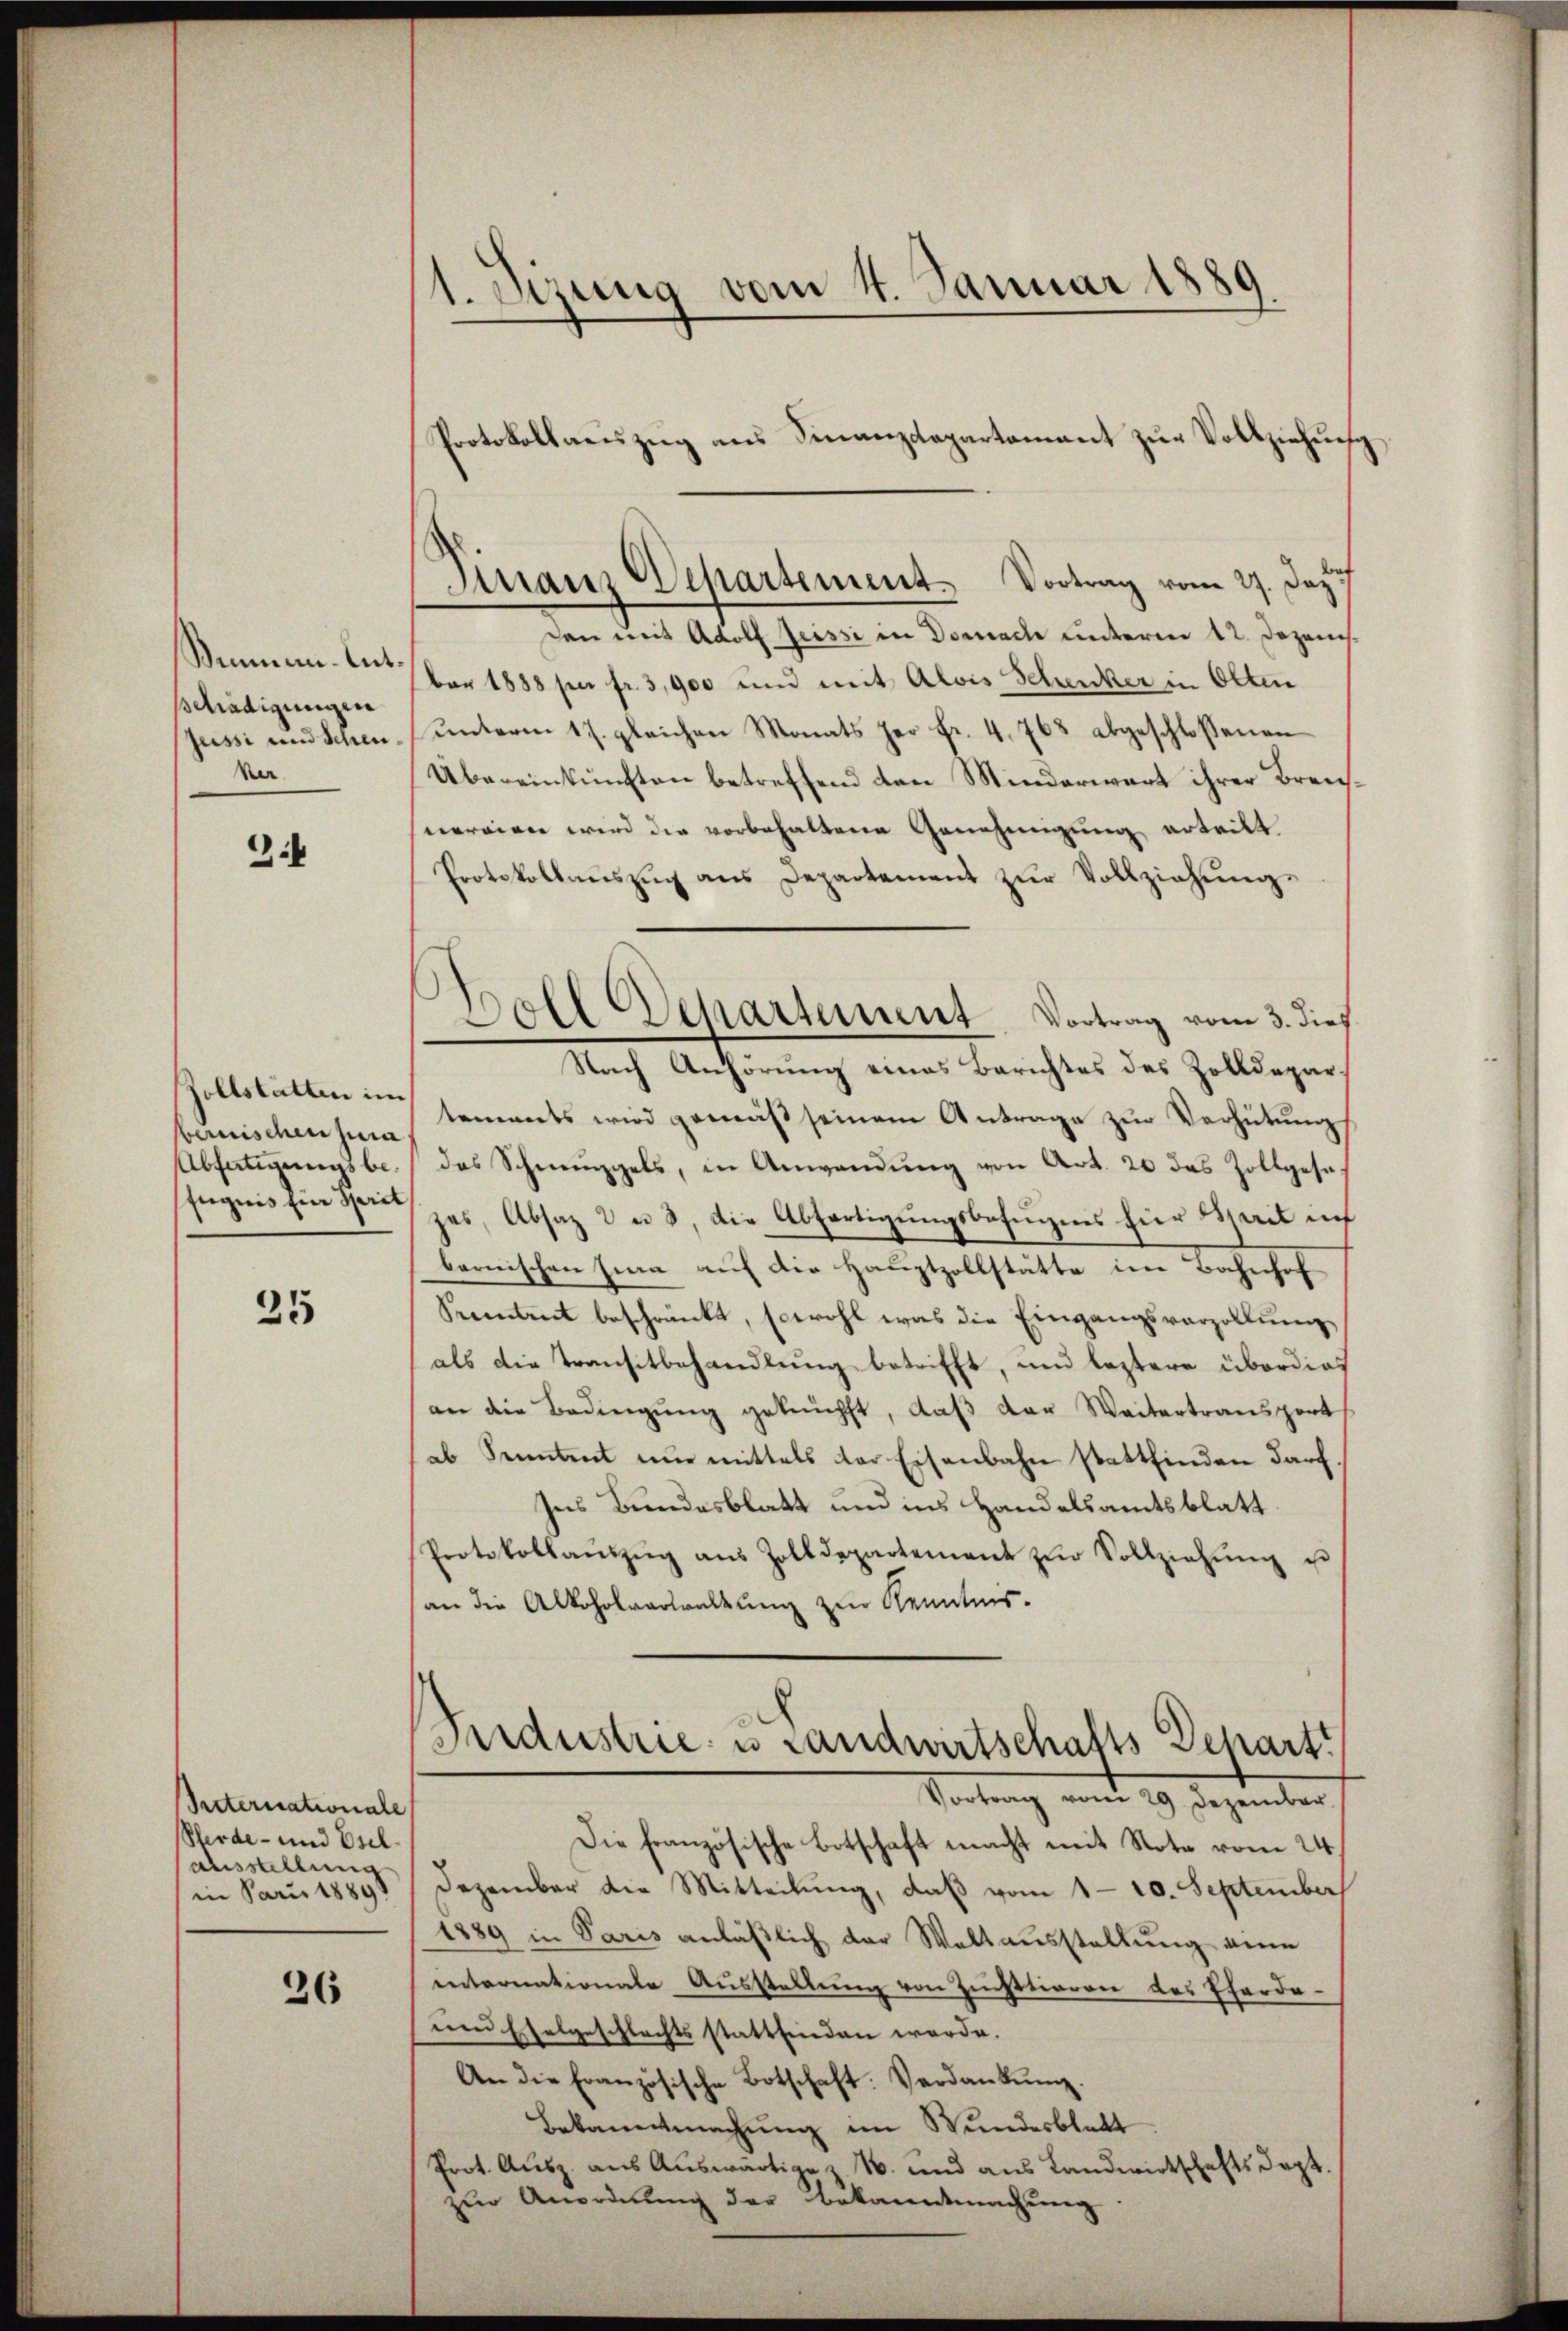
Binnern-Entschädigungen
Jussi und Scheu¬
Ver

3.

Zollstatten im
bernischen jura
Absätigungsbefugnis hier Sprit

25

Reternationale
Pferde- und Esel¬
Ausstellung
in Paris 18898

26

Sizung vom 4. Januar 1889

Protokollaeszŭg ans Finanzdepartamant zŭr Vollziehung
Sinair Dechartement. Vortrag vom 27. Dazu

den mit Adolf Geissi in Dornach unterm 12. Dezem
ber 1888 per fr. 3,900 und mit Alois Schenker in Olten
unterm 17. gleichen Monats her Fr. 4. 768 abgeschlossenen
Übereinkünften betreffend den Minderwart ihrer Brenvereigen wird die vorbehaltene Genehmigung erteilt.
Protokollaŭszŭg ans Departement zŭr Vollziehŭng.
Nach Anhörung eines Berichtes des Zolldepartements wird gemäß seinem Antrage zur Verhütung
das Schweigels, in Anwendŭng von Art. 20 das Zollgese
zes, Absaz 2 u 3, die Abfertigungsbefugnis für Sail auf
bernischen Lina auf die Hauptzollstätte im Bahnhof
Pecentrut beschränkt, sowohl was die Eingangsverzollŭng
als die Transitbehandlung betrifft, und leztere überdies
an die Bedingŭng geknüpft, daβ der Weitertransport
ab Senntent nŭr mittels der Eisenbahn stattfinden darf.
Ins Bundesblatt und ins Handelsamtsblatt
Protokollaŭszŭg ans Zolldepartement zŭr Vollziehŭng e
an die Alkoholverwaltung zur Kenntnis-
Fidustrie u Landwirtschafts Behart
Vortrag vom 29. Dezember
Die französische Botschaft macht mit Note vom 24.
Dezember die Mitteilung, daß vom 1.10. September
1889 in Paris anläßlich der Waltausstellung kein
internationale Aŭsstellŭng von Zinstieren des Pferdenen Esselgeschlechts stattfinden werde.
An die Französische Botschaft. Verdankŭng.
Bekanntmachung im Wundesblatt
Prot. Ausz. aus Auswärtige z. B. und aus Landwirtschaftsdept.
zur Anordnung der Bekanntmachung

Soll Departement Vortrag vom 3. dies